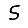
Digit: 5